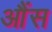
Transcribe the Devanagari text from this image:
आैंस